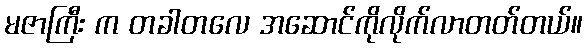
မဇာကြီး က တခါတလေ အဆောင်ကိုလိုက်လာတတ်တယ်။